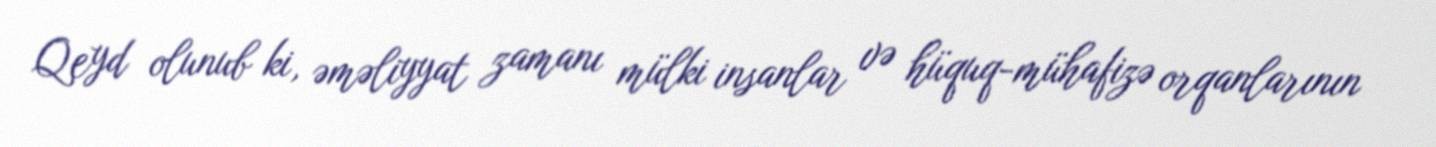
Qeyd olunub ki, əməliyyat zamanı mülki insanlar və hüquq-mühafizə orqanlarının